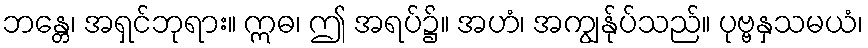
ဘန္တေ၊ အရှင်ဘုရား။ ဣဓ၊ ဤ အရပ်၌။ အဟံ၊ အကျွန်ုပ်သည်။ ပုဗ္ဗနှသမယံ၊